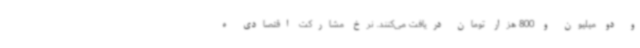
و دو میلیون و 800 هزار تومان دریافت می‌کنند. نرخ مشارکت اقتصادی ه